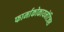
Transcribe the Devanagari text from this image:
फार्माकोकायनेटिक्स